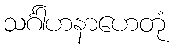
သင်္ဂါဟနာဟေတုံ